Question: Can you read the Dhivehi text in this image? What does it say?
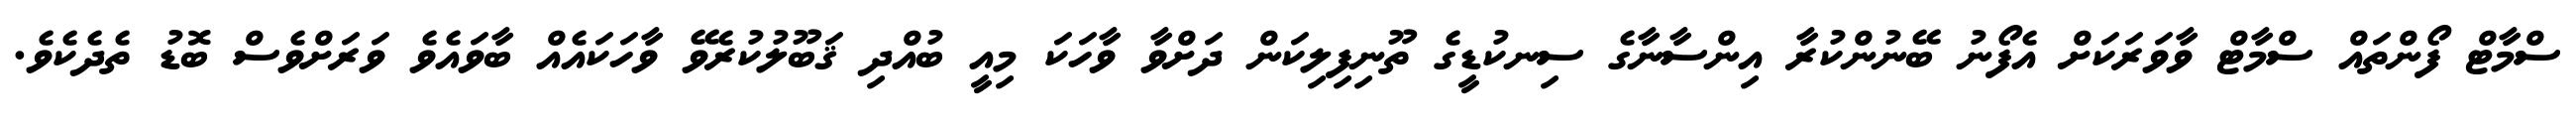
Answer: ސްމާޓް ފޯންތައް ސްމާޓް ވާވަރަކަށް އެފޯނު ބޭނުންކުރާ އިންސާނާގެ ސިނކުޑީގެ ތޫނިފިލިކަން ދަށްވާ ވާހަކަ މިއީ ބުއްދި ޤަބޫލުކުރެވޭ ވާހަކައެއް ބާވައެވެ ވަރަށްވެސް ބޮޑު ތެދެކެވެ.